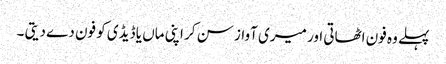
پہلے وہ فون اٹھاتی اور میری آواز سن کر اپنی ماں یا ڈیڈی کو فون دے دیتی ۔